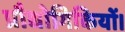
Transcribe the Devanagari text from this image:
प्रौद्योगिकियों।